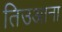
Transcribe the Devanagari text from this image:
तिउआना